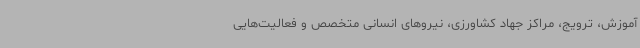
آموزش، ترویج، مراکز جهاد کشاورزی، نیروهای انسانی متخصص و فعالیت‌هایی